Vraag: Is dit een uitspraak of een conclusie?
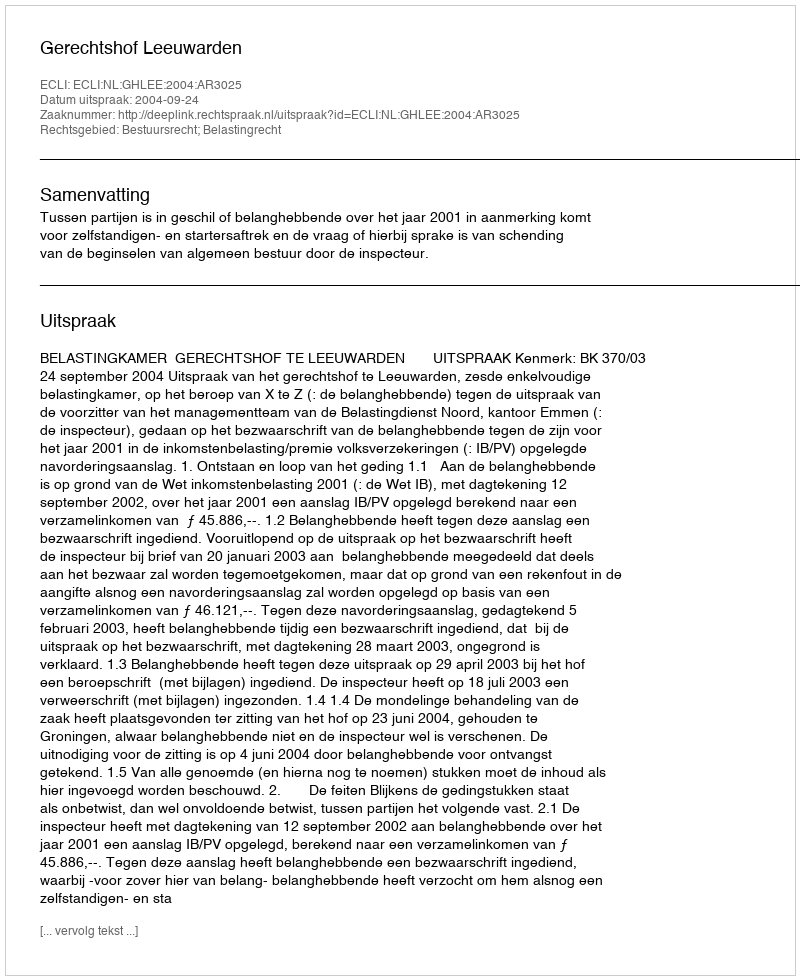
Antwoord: Uitspraak